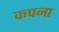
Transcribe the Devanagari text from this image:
कपना